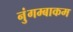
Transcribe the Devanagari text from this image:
नुंगम्बाकम